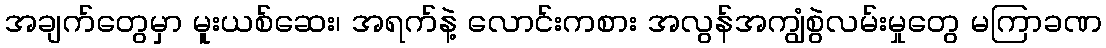
အချက်တွေမှာ မူးယစ်ဆေး၊ အရက်နဲ့ လောင်းကစား အလွန်အကျွံစွဲလမ်းမှုတွေ မကြာခဏ